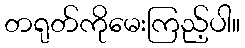
တရုတ်ကိုမေးကြည့်ပါ။